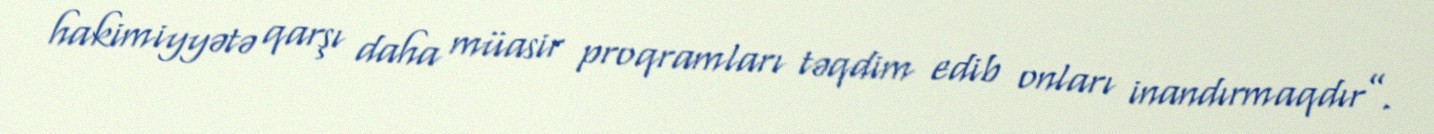
hakimiyyətə qarşı daha müasir proqramları təqdim edib onları inandırmaqdır”.